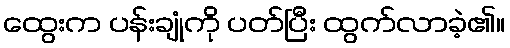
ထွေးက ပန်းချုံကို ပတ်ပြီး ထွက်လာခဲ့၏။